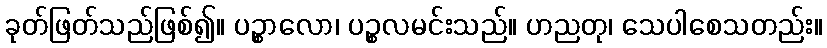
ခုတ်ဖြတ်သည်ဖြစ်၍။ ပဉ္စာလော၊ ပဉ္စလမင်းသည်။ ဟညတု၊ သေပါစေသတည်း။